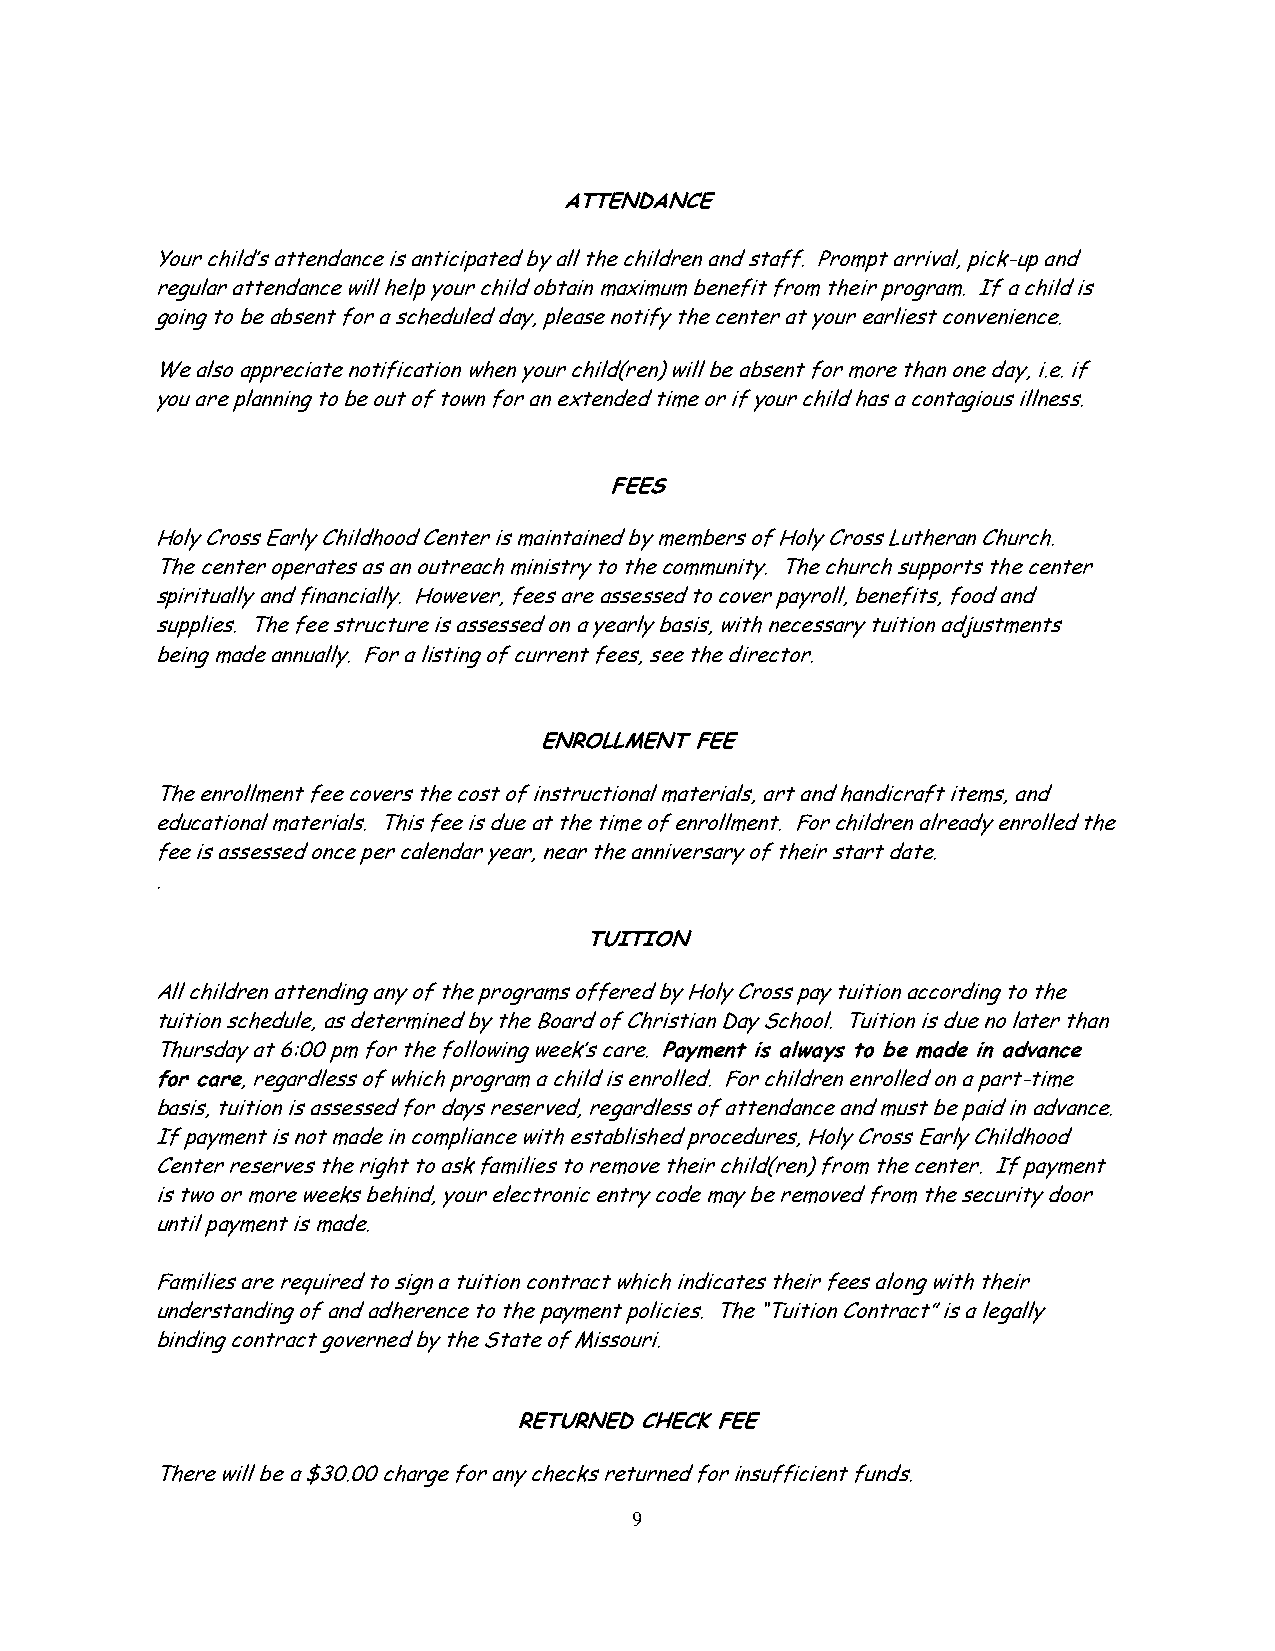
ATTENDANCE
 Your child’s attendance is anticipated by all the children and staff. Prompt arrival, pick-up and
 regular attendance will help your child obtain maximum benefit from their program. If a child is
 going to be absent for a scheduled day, please notify the center at your earliest convenience.
 We also appreciate notification when your child(ren) will be absent for more than one day, i.e. if
 you are planning to be out of town for an extended time or if your child has a contagious illness.
 FEES
 Holy Cross Early Childhood Center is maintained by members of Holy Cross Lutheran Church.
 The center operates as an outreach ministry to the community. The church supports the center
 spiritually and financially. However, fees are assessed to cover payroll, benefits, food and
 supplies. The fee structure is assessed on a yearly basis, with necessary tuition adjustments
 being made annually. For a listing of current fees, see the director.
 ENROLLMENT FEE
 The enrollment fee covers the cost of instructional materials, art and handicraft items, and
 educational materials. This fee is due at the time of enrollment. For children already enrolled the
 fee is assessed once per calendar year, near the anniversary of their start date.
 .
 TUITION
 All children attending any of the programs offered by Holy Cross pay tuition according to the
 tuition schedule, as determined by the Board of Christian Day School. Tuition is due no later than
 Thursday at 6:00 pm for the following week’s care. Payment is always to be made in advance
 for care, regardless of which program a child is enrolled. For children enrolled on a part-time
 basis, tuition is assessed for days reserved, regardless of attendance and must be paid in advance.
 If payment is not made in compliance with established procedures, Holy Cross Early Childhood
 Center reserves the right to ask families to remove their child(ren) from the center. If payment
 is two or more weeks behind, your electronic entry code may be removed from the security door
 until payment is made.
 Families are required to sign a tuition contract which indicates their fees along with their
 understanding of and adherence to the payment policies. The “Tuition Contract” is a legally
 binding contract governed by the State of Missouri.
 RETURNED CHECK FEE
 There will be a $30.00 charge for any checks returned for insufficient funds.
 9